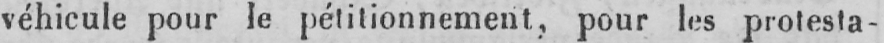
véhicule pour le pétitionnement, pour les protesta-